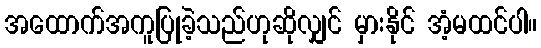
အထောက်အကူပြုခဲ့သည်ဟုဆိုလျှင် မှားနိုင် အံ့မထင်ပါ။